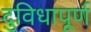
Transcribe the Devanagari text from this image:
दुविधापूर्ण